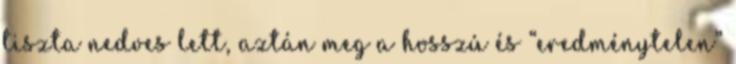
tiszta nedves lett, aztán meg a hosszú és “eredménytelen”